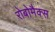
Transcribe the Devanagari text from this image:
रोबोमैक्स